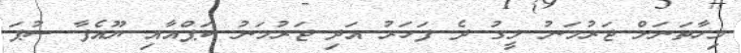
މިހާތަނަށް ޖަރުމަނު ލީގު ދެ ފަހަރު އަދި ޖަރުމަނު ކަޕްއާއި ޔޫއެފާ ސުޕަ